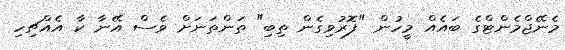
މެނޭޖްމެންޓްގެ ބައެއް މީހުން "ފޮރުވިގެން ތިބި" ތަންތަނަށް ވެސް އޭނާ ކާ އެއްޗިހި